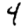
Digit: 4